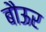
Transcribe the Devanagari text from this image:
बौऊर